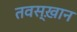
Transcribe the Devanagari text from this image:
तवस्ख़ान